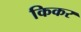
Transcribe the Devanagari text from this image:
किकर